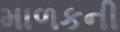
માળકની